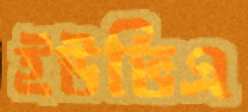
ইউভিএ